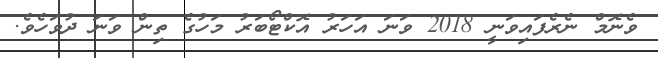
ވެނޮމް ނެރެފައިވަނީ 2018 ވަނަ އަހަރު އޮކްޓޯބަރު މަހުގެ ތިން ވަނަ ދުވަހެވެ.